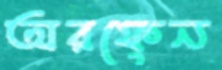
অরফেন